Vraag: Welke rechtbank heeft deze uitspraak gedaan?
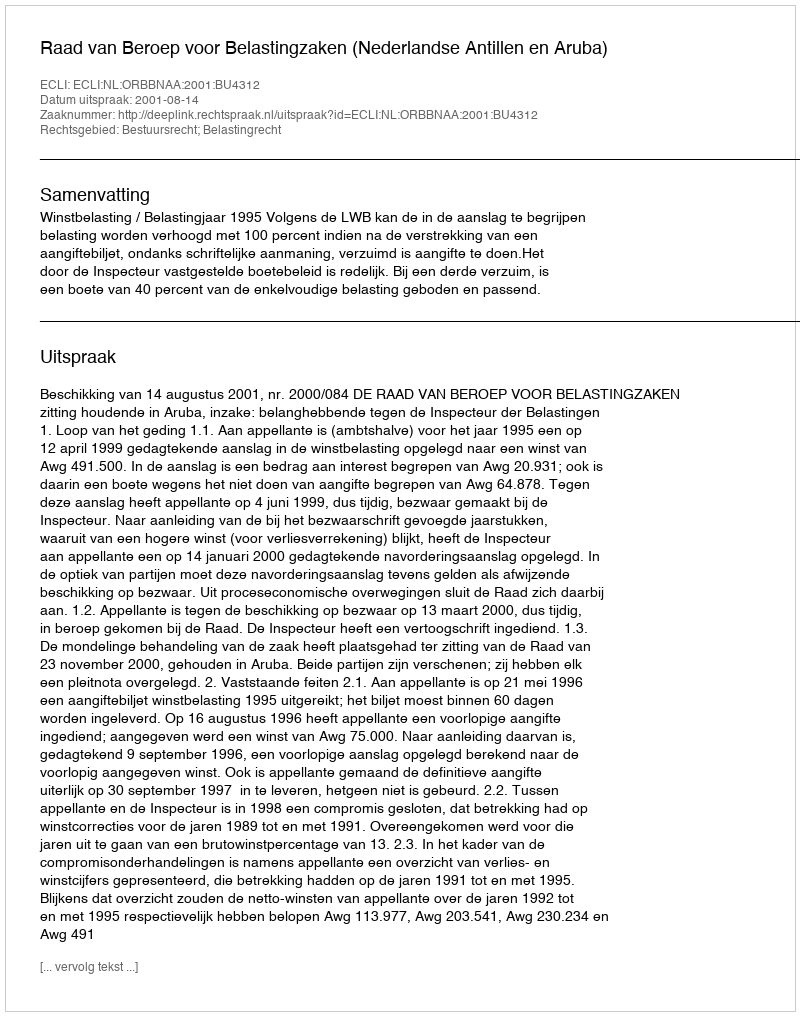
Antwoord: Raad van Beroep voor Belastingzaken (Nederlandse Antillen en Aruba)